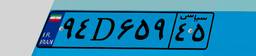
۹۴D۶۵۹۴۵